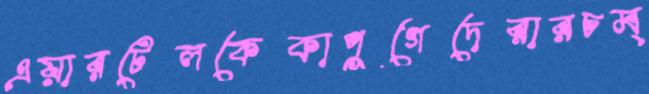
এয়ারটেলকেকাপুগেদেরারচম্